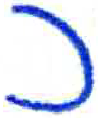
אות: כ